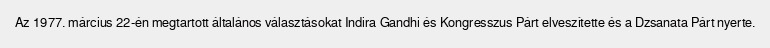
Az 1977. március 22-én megtartott általános választásokat Indira Gandhi és Kongresszus Párt elveszítette és a Dzsanata Párt nyerte.